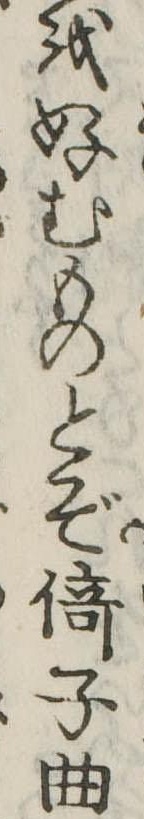
を好むものとぞ倚子曲